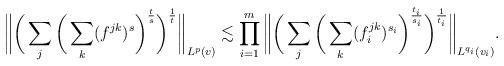
LaTeX: \begin{align*}\bigg\| \bigg(\sum_j \bigg(\sum_k (f^{jk})^s\bigg)^{\frac{t}{s}}\bigg)^{\frac{1}{t}}\bigg\|_{L^p(v)} \lesssim\prod_{i=1}^m\bigg\| \bigg(\sum_j \bigg(\sum_k (f_i^{jk})^{s_i}\bigg)^{\frac{t_i}{s_i}}\bigg)^{\frac{1}{t_i}}\bigg\|_{L^{q_i}(v_i)}. \end{align*}